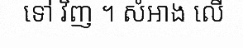
ទៅ វិញ ។ សំអាង លើ